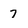
Character: 7